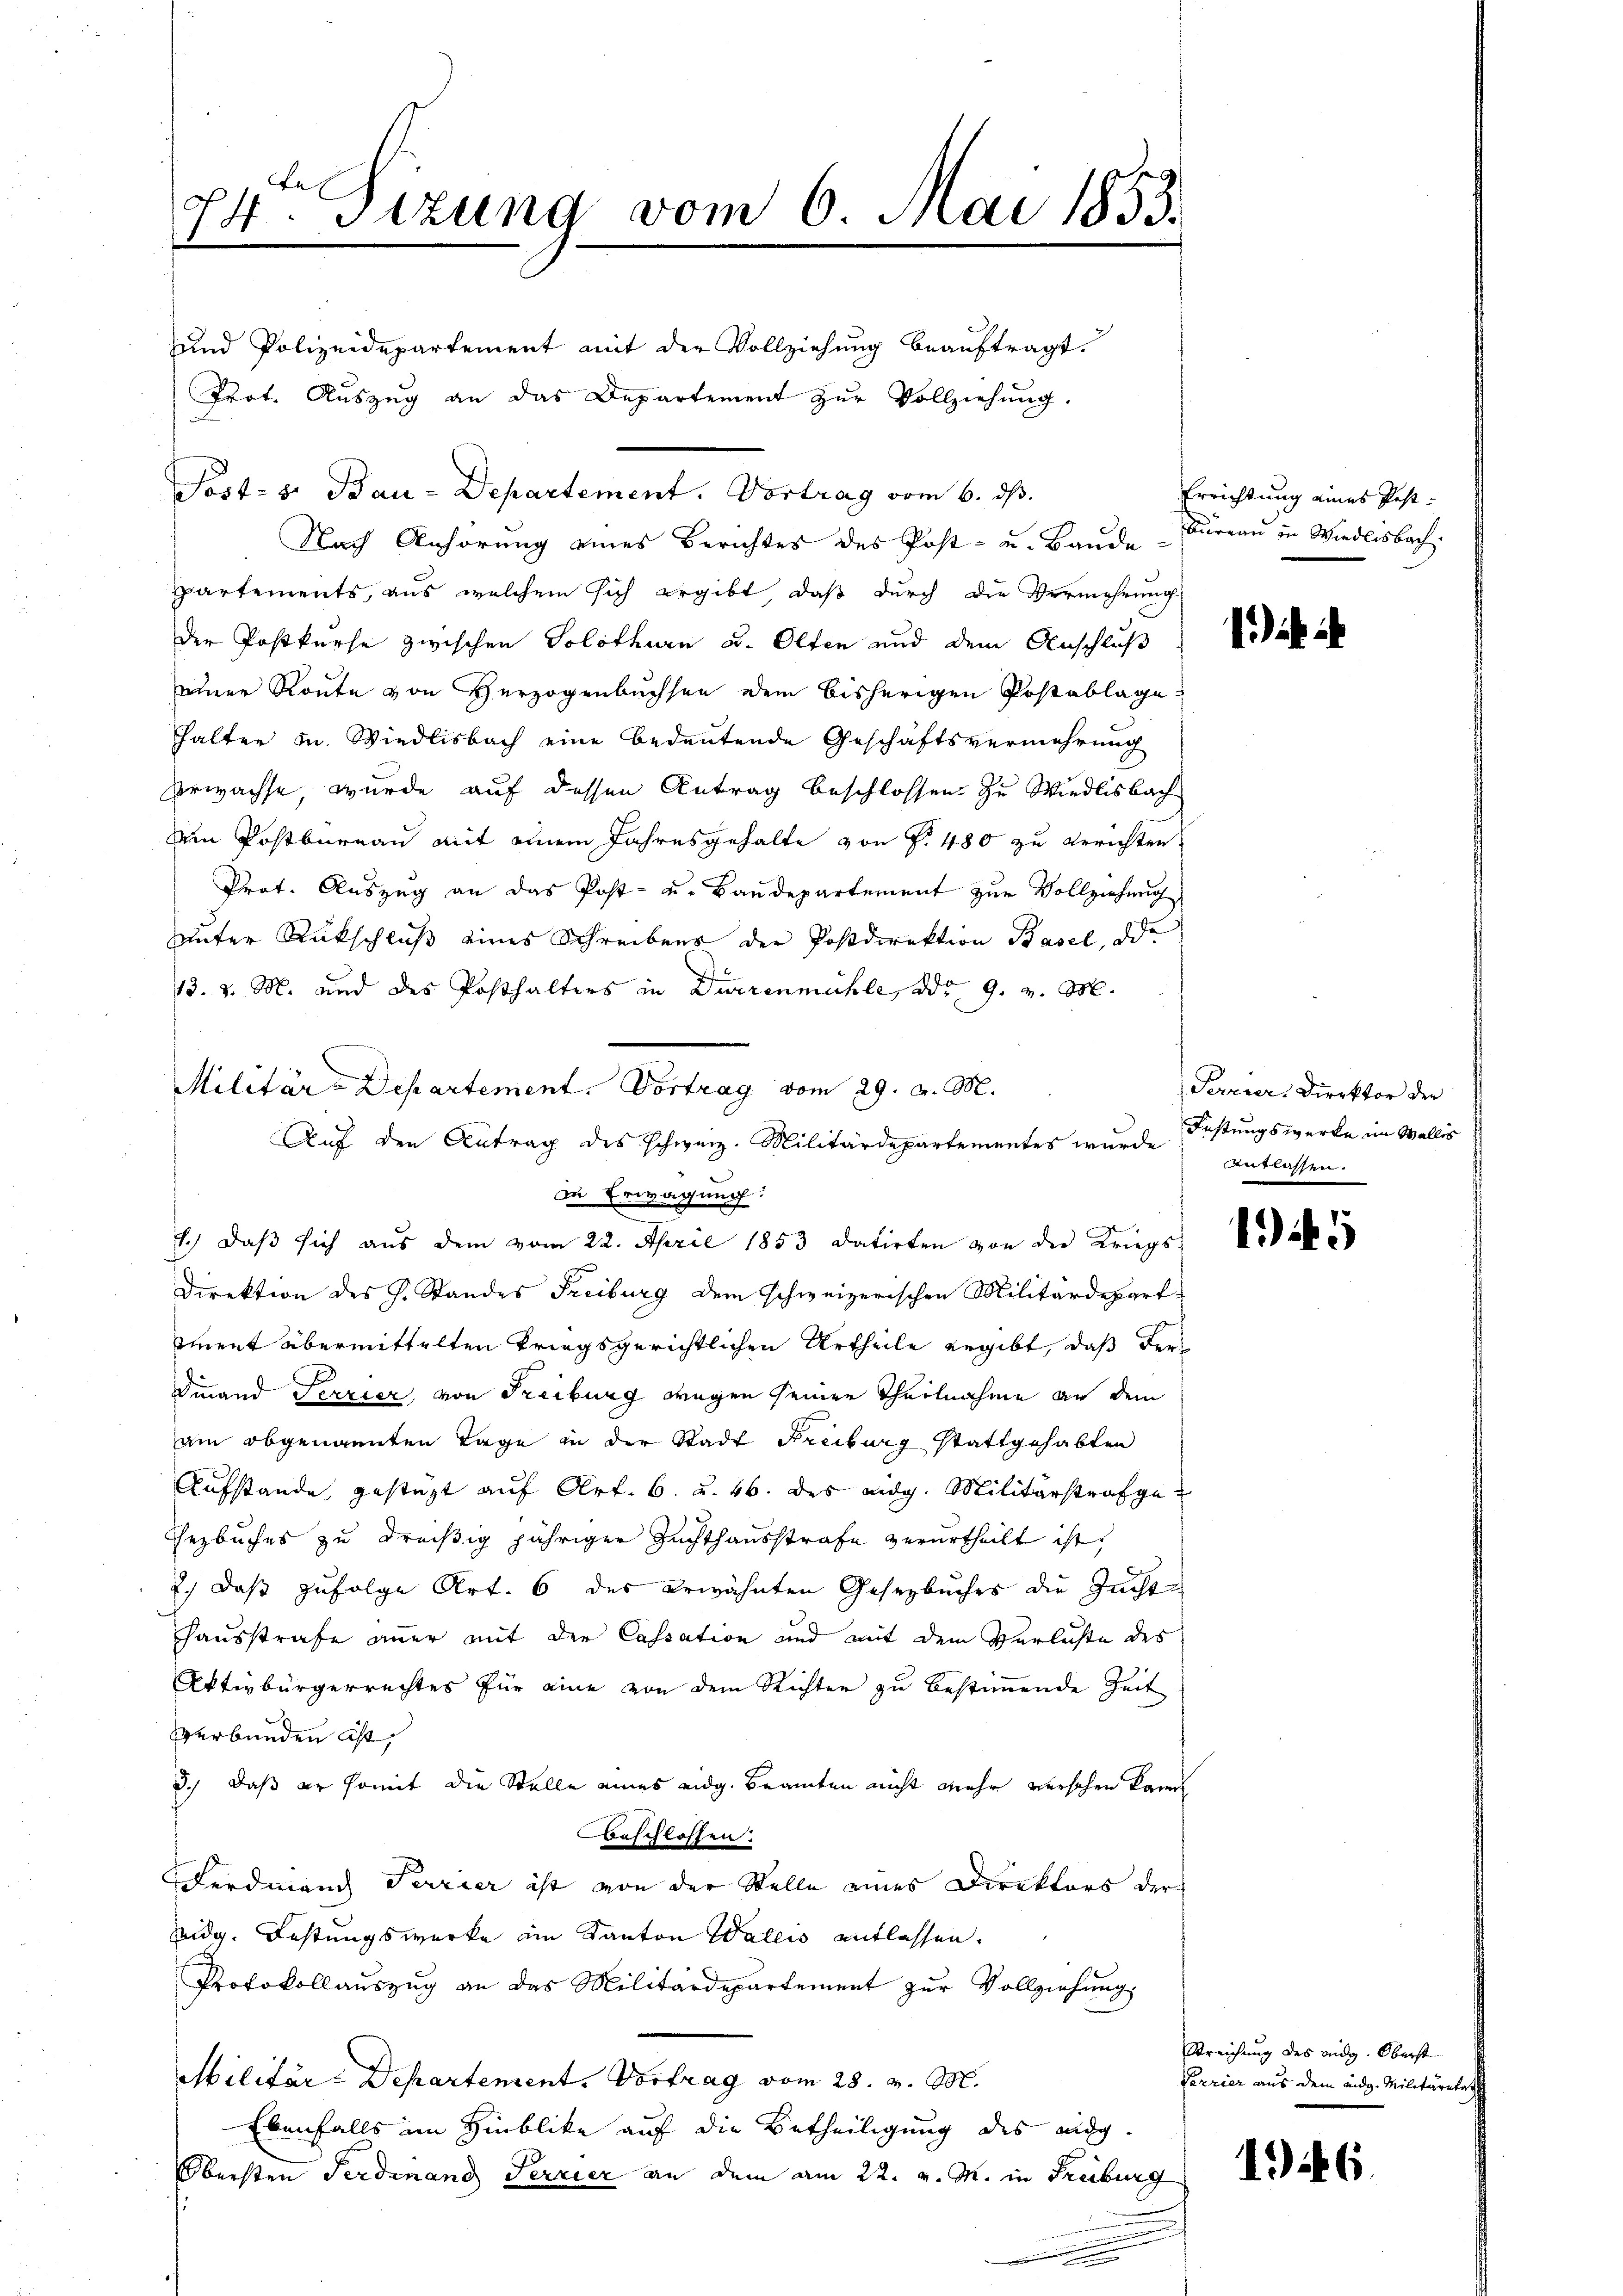
und Polizeidepartement mit der Vollziehung beauftragt.
Prot. Auszug an das Departement zur Vollziehung.

74. Sizung vom 6. Mai 1853.

Post- u. Bau-Departement. Vortrag vom 6. ds.
Nach Anhörung eines Berichtes des Post- u. Bande Bureau in Wiedlisbach.

Militär-Departement. Vortrag vom 29. v. M.
Auf den Antrag des schweiz. Militärdepartementes wurde

Partements, aus welchem sich ergibt, daß durch die Vermehrung
der Postkurse zwischen Solothurn u. Olten und dem Anschluß
einer Route von Herzogenbuchsen dem bisherigen Postablage
hhalter zu. Wiedlisbach eine bedeutende Geschäftsvermehrung
Verwachse, wurde auf dessen Antrag beschlossen. Zu Wiedlisbach
Dein Postbureau mit einem Jahresgehalte von P. 480 zu errichten
Prof. Auszug an das Post- u. Baudepartement zur Vollziehung
unter Rückschluß eines Schreibens der Postdirektion Basel, die
13. v. M. und des Posthalters in Dürrenmühle, ddo 9. v. M.
In Erwägung:
1.) daβ sich aus dem vom 22. April 1853 datirten von der Kriegs-
Direktion des J. Standes Freiburg dem schweizerischen Militärdepart
iment übermittelten triegsgerichtlichen Urtheile ergibt, daß der
Finand Terrier, von Freiburg wegen seiner Theilnahme an dem
am abgenannten Tage in der Stadt Freiburg stattgehabten
Aufstande, gestüzt auf Art. 6. u. 46. des eidg. Militärstrafge¬
Gezbuches zu dreißig jähriger Zuchthausstrafe verurtheilt ist,
2.) Daß zufolge Art. 6 des erwähnten Gesezbuches die Zuchte
Hausstrafe aner mit der Cassation und mit dem Verluste des
Aktivbürgerrechtes für eine von dem Richten zu bestimmende Zeit
verbunden ist,
3.) Daß er somit die Stelle eines eidg. Beamten nicht mehr versehen kann
beschlossen.
Ferdmanch Terrier ist von der Stelle eines Direktors der
eidg. Festungswerke im Kanton Wallis entlassen.
Protokollaŭszŭg an das Militärdepartement zŭr Vollziehung,
Militär-Departenrent. Vortrag vom 28. v. M.
Ebenfalls im Hinblike auf die Betheiligung des eidg.
Obersten Ferdinand Terrier an dem am 22. v. M. in Freiburg

Errichtung eines Post¬

1) i

Perciers Direktor der
Füstungswerke im Wallis
Entlassen.

15

Streichung des eidg. Oberst
Carrier aus dem eidg. Militäretat

1946